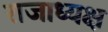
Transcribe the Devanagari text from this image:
राजाध्‍यक्ष